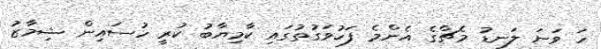
ހަ ވަނަ ލަނޑު މެޗްގެ އެންމެ ފަހުވަގުތުގައި ކާމިޔާބު ކުރީ ހުސައިން ޝިމާޒު